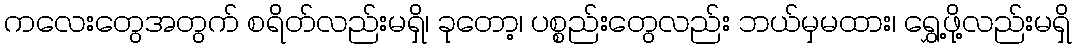
ကလေးတွေအတွက် စရိတ်လည်းမရှိ၊ ခုတော့၊ ပစ္စည်းတွေလည်း ဘယ်မှမထား၊ ရွှေ့ဖို့လည်းမရှိ